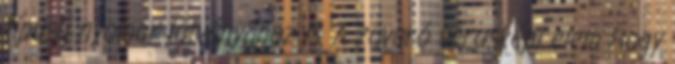
típusú nyomor látványához is. A zavaró városképi elem Hogy